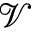
\mathcal { V }